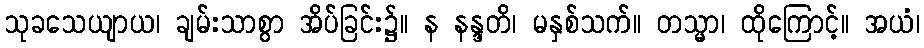
သုခသေယျာယ၊ ချမ်းသာစွာ အိပ်ခြင်း၌။ န နန္ဒတိ၊ မနှစ်သက်။ တသ္မာ၊ ထိုကြောင့်။ အယံ၊